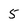
Character: 5